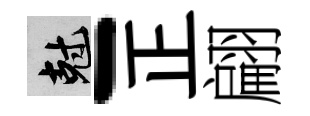
剋-正翩